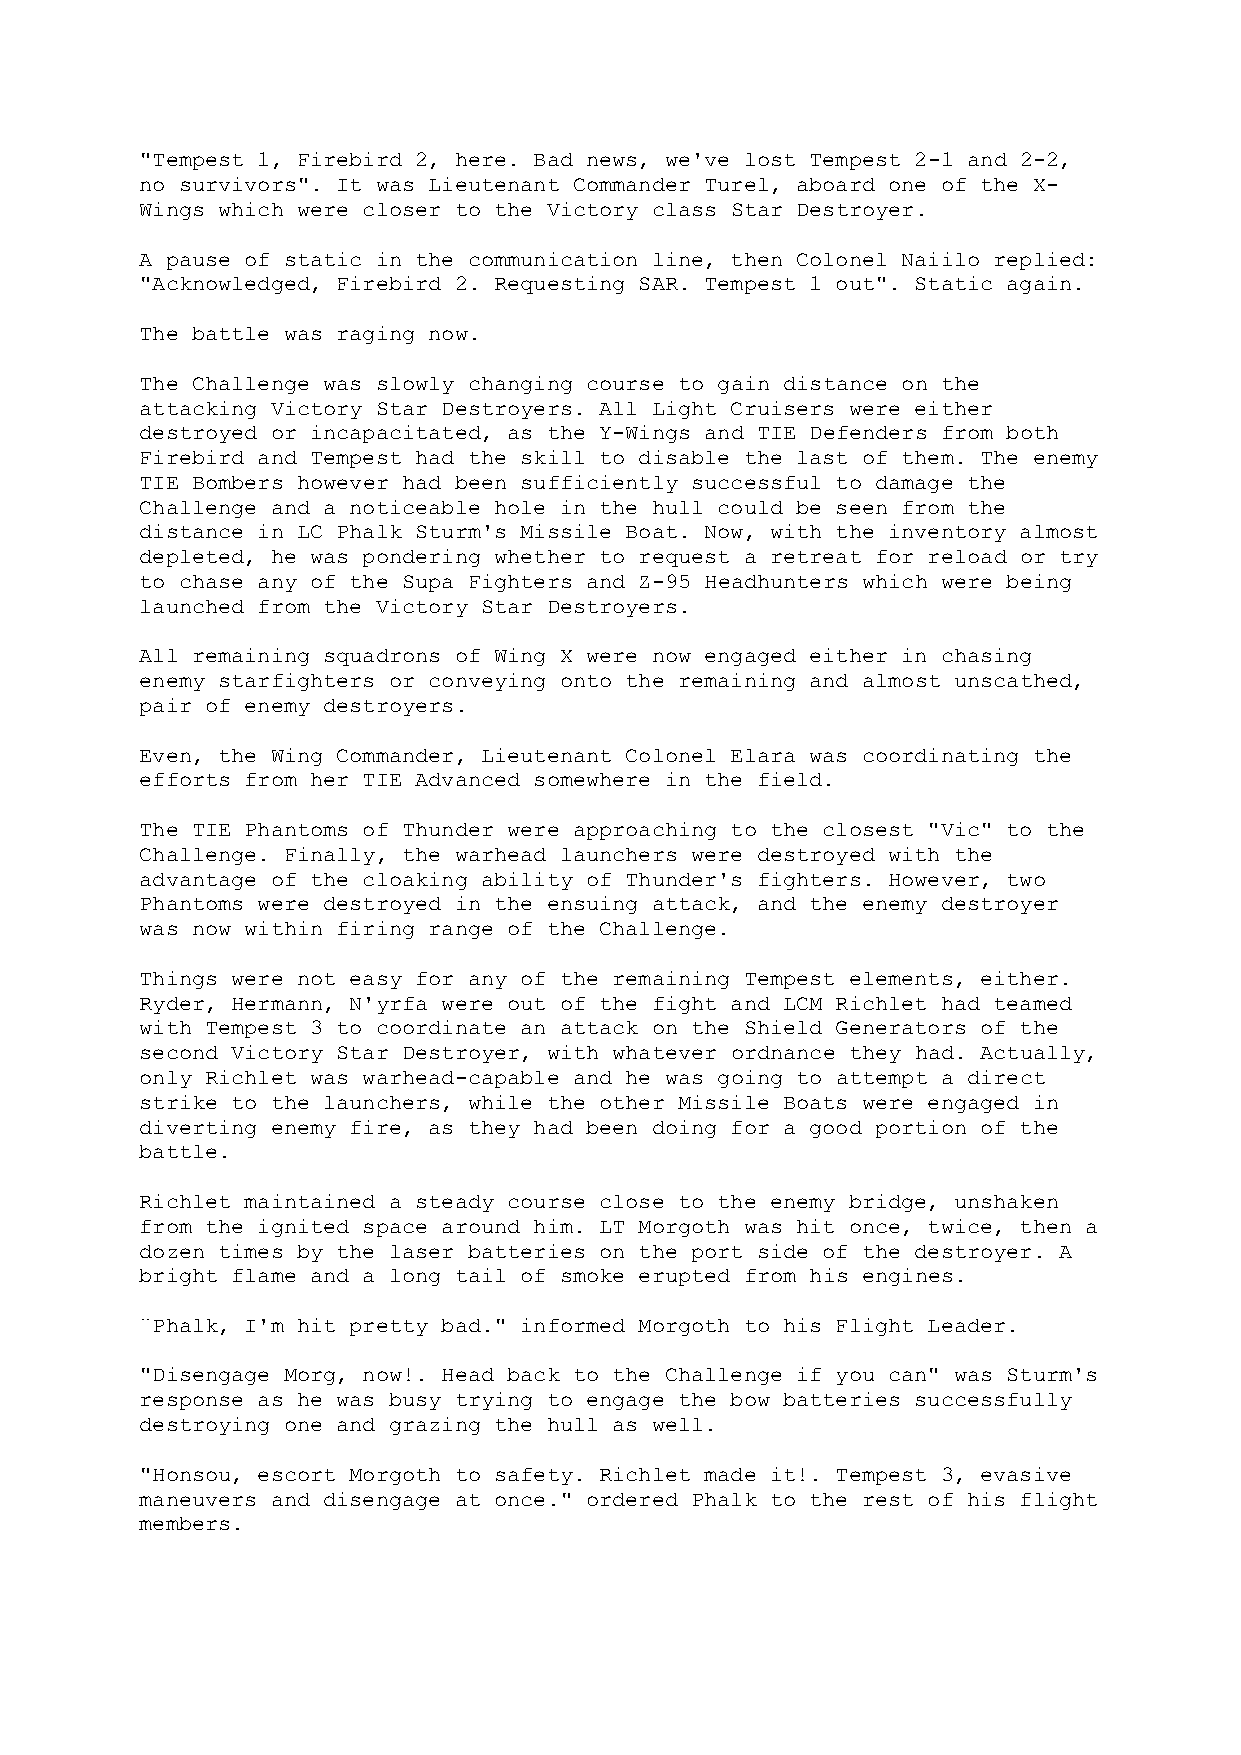
"Tempest 1, Firebird 2, here. Bad news, we've lost Tempest 2-1 and 2-2,
 no survivors". It was Lieutenant Commander Turel, aboard one of the X-
 Wings which were closer to the Victory class Star Destroyer.
 A pause of static in the communication line, then Colonel Naiilo replied:
 "Acknowledged, Firebird 2. Requesting SAR. Tempest 1 out". Static again.
 The battle was raging now.
 The Challenge was slowly changing course to gain distance on the
 attacking Victory Star Destroyers. All Light Cruisers were either
 destroyed or incapacitated, as the Y-Wings and TIE Defenders from both
 Firebird and Tempest had the skill to disable the last of them. The enemy
 TIE Bombers however had been sufficiently successful to damage the
 Challenge and a noticeable hole in the hull could be seen from the
 distance in LC Phalk Sturm's Missile Boat. Now, with the inventory almost
 depleted, he was pondering whether to request a retreat for reload or try
 to chase any of the Supa Fighters and Z-95 Headhunters which were being
 launched from the Victory Star Destroyers.
 All remaining squadrons of Wing X were now engaged either in chasing
 enemy starfighters or conveying onto the remaining and almost unscathed,
 pair of enemy destroyers.
 Even, the Wing Commander, Lieutenant Colonel Elara was coordinating the
 efforts from her TIE Advanced somewhere in the field.
 The TIE Phantoms of Thunder were approaching to the closest "Vic" to the
 Challenge. Finally, the warhead launchers were destroyed with the
 advantage of the cloaking ability of Thunder's fighters. However, two
 Phantoms were destroyed in the ensuing attack, and the enemy destroyer
 was now within firing range of the Challenge.
 Things were not easy for any of the remaining Tempest elements, either.
 Ryder, Hermann, N'yrfa were out of the fight and LCM Richlet had teamed
 with Tempest 3 to coordinate an attack on the Shield Generators of the
 second Victory Star Destroyer, with whatever ordnance they had. Actually,
 only Richlet was warhead-capable and he was going to attempt a direct
 strike to the launchers, while the other Missile Boats were engaged in
 diverting enemy fire, as they had been doing for a good portion of the
 battle.
 Richlet maintained a steady course close to the enemy bridge, unshaken
 from the ignited space around him. LT Morgoth was hit once, twice, then a
 dozen times by the laser batteries on the port side of the destroyer. A
 bright flame and a long tail of smoke erupted from his engines.
 ¨Phalk, I'm hit pretty bad." informed Morgoth to his Flight Leader.
 "Disengage Morg, now!. Head back to the Challenge if you can" was Sturm's
 response as he was busy trying to engage the bow batteries successfully
 destroying one and grazing the hull as well.
 "Honsou, escort Morgoth to safety. Richlet made it!. Tempest 3, evasive
 maneuvers and disengage at once." ordered Phalk to the rest of his flight
 members.